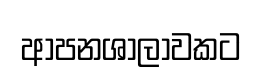
ආපනශාලාවකට